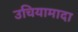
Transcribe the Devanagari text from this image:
उचियामादा